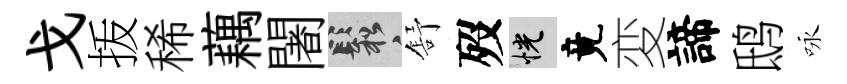
戈㧞稀藕闍鬆舒歿恍竟変諦鸱咏